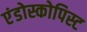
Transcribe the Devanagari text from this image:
एंडोस्कोपिस्ट